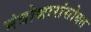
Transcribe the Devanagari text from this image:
मंत्रोच्चारांसोबत